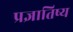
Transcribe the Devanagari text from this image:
प्रज्ञातिष्य